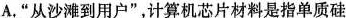
A.”从沙滩到用户”，计算机芯片材料是指单质硅